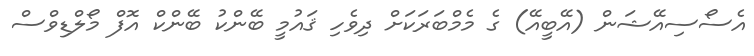
އެސޯސިއޭޝަން (އޭބީއޭ) ގެ މެމްބަރަކަށް ދިވެހި ޤައުމީ ބޭންކު ބޭންކް އޮފް މޯލްޑިވްސް